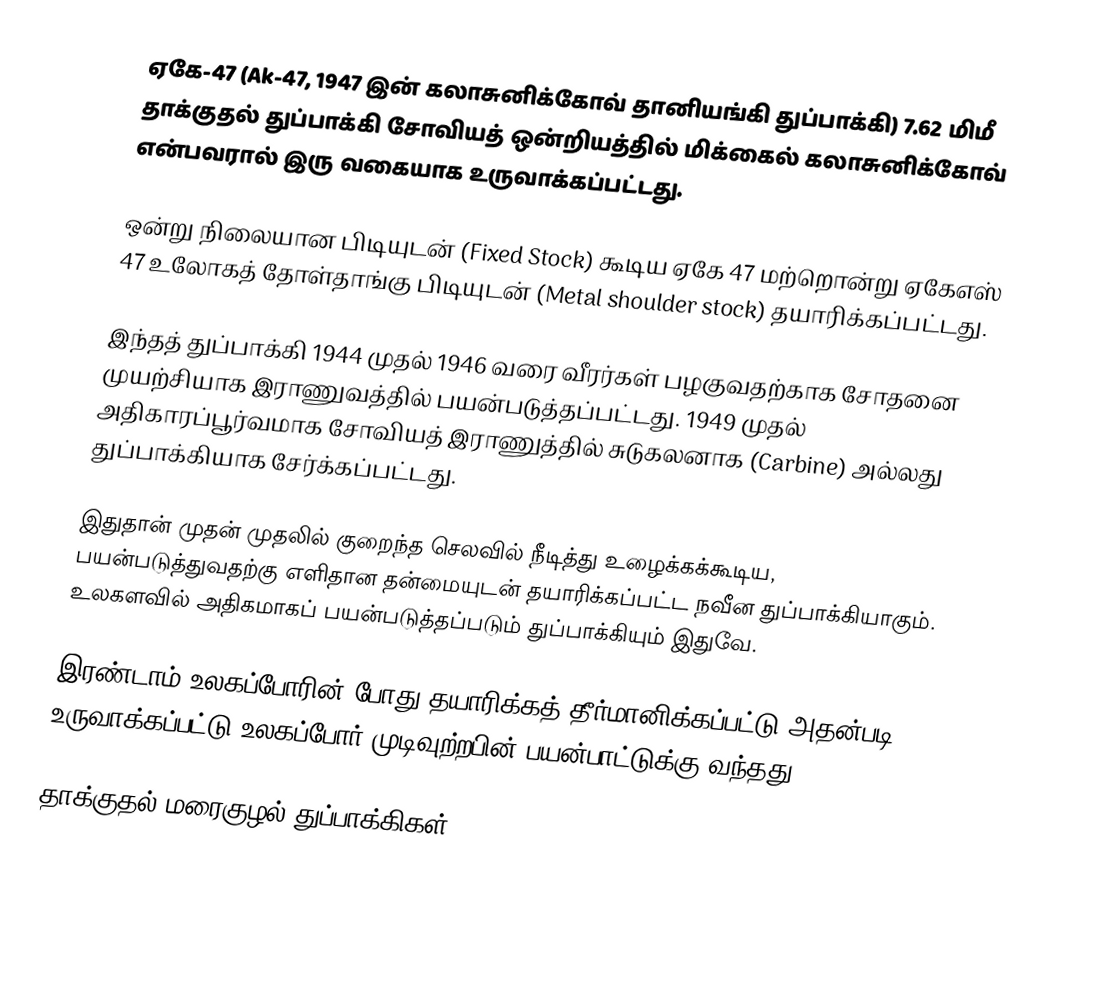
ஏகே-47 (Ak-47, 1947 இன் கலாசுனிக்கோவ் தானியங்கி துப்பாக்கி) 7.62 மிமீ  தாக்குதல் துப்பாக்கி சோவியத் ஒன்றியத்தில் மிக்கைல் கலாசுனிக்கோவ் என்பவரால் இரு வகையாக உருவாக்கப்பட்டது.

ஒன்று நிலையான பிடியுடன் (Fixed Stock) கூடிய ஏகே 47 மற்றொன்று ஏகேஎஸ் 47 உலோகத் தோள்தாங்கு பிடியுடன் (Metal shoulder stock) தயாரிக்கப்பட்டது.

இந்தத் துப்பாக்கி 1944 முதல் 1946 வரை வீரர்கள் பழகுவதற்காக  சோதனை முயற்சியாக இராணுவத்தில் பயன்படுத்தப்பட்டது. 1949 முதல் அதிகாரப்பூர்வமாக  சோவியத் இராணுத்தில் சுடுகலனாக (Carbine) அல்லது துப்பாக்கியாக சேர்க்கப்பட்டது.

இதுதான் முதன் முதலில் குறைந்த செலவில் நீடித்து உழைக்கக்கூடிய, பயன்படுத்துவதற்கு எளிதான தன்மையுடன் தயாரிக்கப்பட்ட நவீன துப்பாக்கியாகும். உலகளவில் அதிகமாகப் பயன்படுத்தப்படும் துப்பாக்கியும் இதுவே.

இரண்டாம் உலகப்போரின் போது தயாரிக்கத் தீர்மானிக்கப்பட்டு அதன்படி உருவாக்கப்பட்டு உலகப்போர் முடிவுற்றபின் பயன்பாட்டுக்கு வந்தது.

தாக்குதல் மரைகுழல் துப்பாக்கிகள்